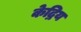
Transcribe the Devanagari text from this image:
केद्रिय